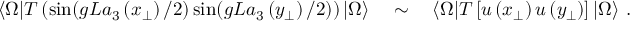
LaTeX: \langle \Omega | T \left( \sin ( g L a _ { 3 } \left( x _ { \perp } \right) / 2 ) \sin ( g L a _ { 3 } \left( y _ { \perp } \right) / 2 ) \right) | \Omega \rangle \quad \sim \quad \langle \Omega | T \left[ u \left( x _ { \perp } \right) u \left( y _ { \perp } \right) \right] | \Omega \rangle \ . \nonumber \,